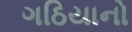
ગઠિયાનો